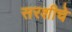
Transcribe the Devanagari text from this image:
सरशीचे